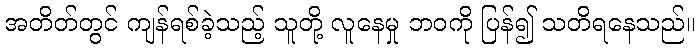
အတိတ်တွင် ကျန်ရစ်ခဲ့သည့် သူတို့ လူနေမှု ဘဝကို ပြန်၍ သတိရနေသည်။